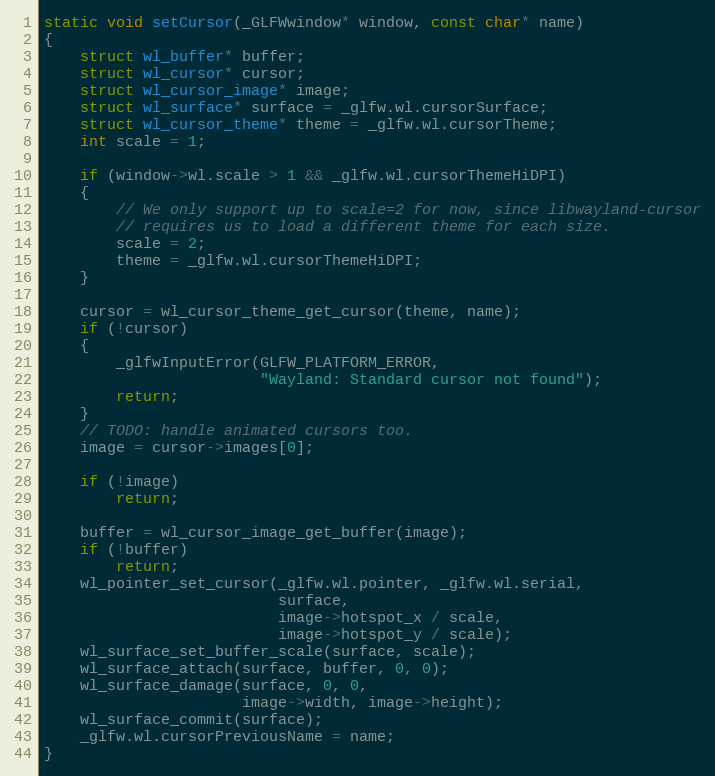
Language: C
static void setCursor(_GLFWwindow* window, const char* name)
{
    struct wl_buffer* buffer;
    struct wl_cursor* cursor;
    struct wl_cursor_image* image;
    struct wl_surface* surface = _glfw.wl.cursorSurface;
    struct wl_cursor_theme* theme = _glfw.wl.cursorTheme;
    int scale = 1;

    if (window->wl.scale > 1 && _glfw.wl.cursorThemeHiDPI)
    {
        // We only support up to scale=2 for now, since libwayland-cursor
        // requires us to load a different theme for each size.
        scale = 2;
        theme = _glfw.wl.cursorThemeHiDPI;
    }

    cursor = wl_cursor_theme_get_cursor(theme, name);
    if (!cursor)
    {
        _glfwInputError(GLFW_PLATFORM_ERROR,
                        "Wayland: Standard cursor not found");
        return;
    }
    // TODO: handle animated cursors too.
    image = cursor->images[0];

    if (!image)
        return;

    buffer = wl_cursor_image_get_buffer(image);
    if (!buffer)
        return;
    wl_pointer_set_cursor(_glfw.wl.pointer, _glfw.wl.serial,
                          surface,
                          image->hotspot_x / scale,
                          image->hotspot_y / scale);
    wl_surface_set_buffer_scale(surface, scale);
    wl_surface_attach(surface, buffer, 0, 0);
    wl_surface_damage(surface, 0, 0,
                      image->width, image->height);
    wl_surface_commit(surface);
    _glfw.wl.cursorPreviousName = name;
}